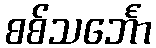
စစ်သင်္ဘော